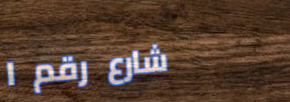
شارع رقم ١